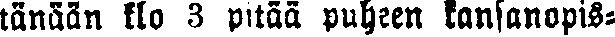
tänään klo 3 pitää puheen kansanopis-